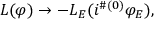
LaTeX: { \cal L } ( \varphi ) \to - { \cal L } _ { E } ( i ^ { \# ( 0 ) } \varphi _ { E } ) ,